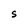
Character: S